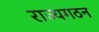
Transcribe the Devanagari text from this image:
राज्यगठन